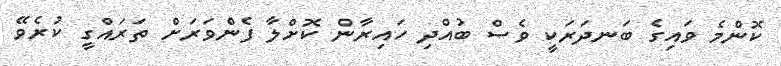
ކޮންމެ ވައިގެ ބަނދަރަކީ ވެސް ބުއްދި ހައިރާން ކޮށްލާ ފެންވަރަށް ތަރައްގީ ކުރެވޭ